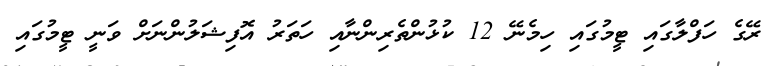
ރޭގެ ހަފްލާގައި ޓީމުގައި ހިމެނޭ 12 ކުޅުންތެރިންނާއި ހަތަރު އޮފިޝަލުންނަށް ވަނީ ޓީމުގައި